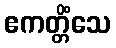
ဧကတ္တိံသေ